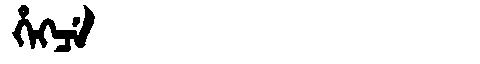
Manchu: ᡥᡝᡴᠴᡝ
Romanization: HEKCE